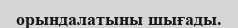
орындалатыны шығады.